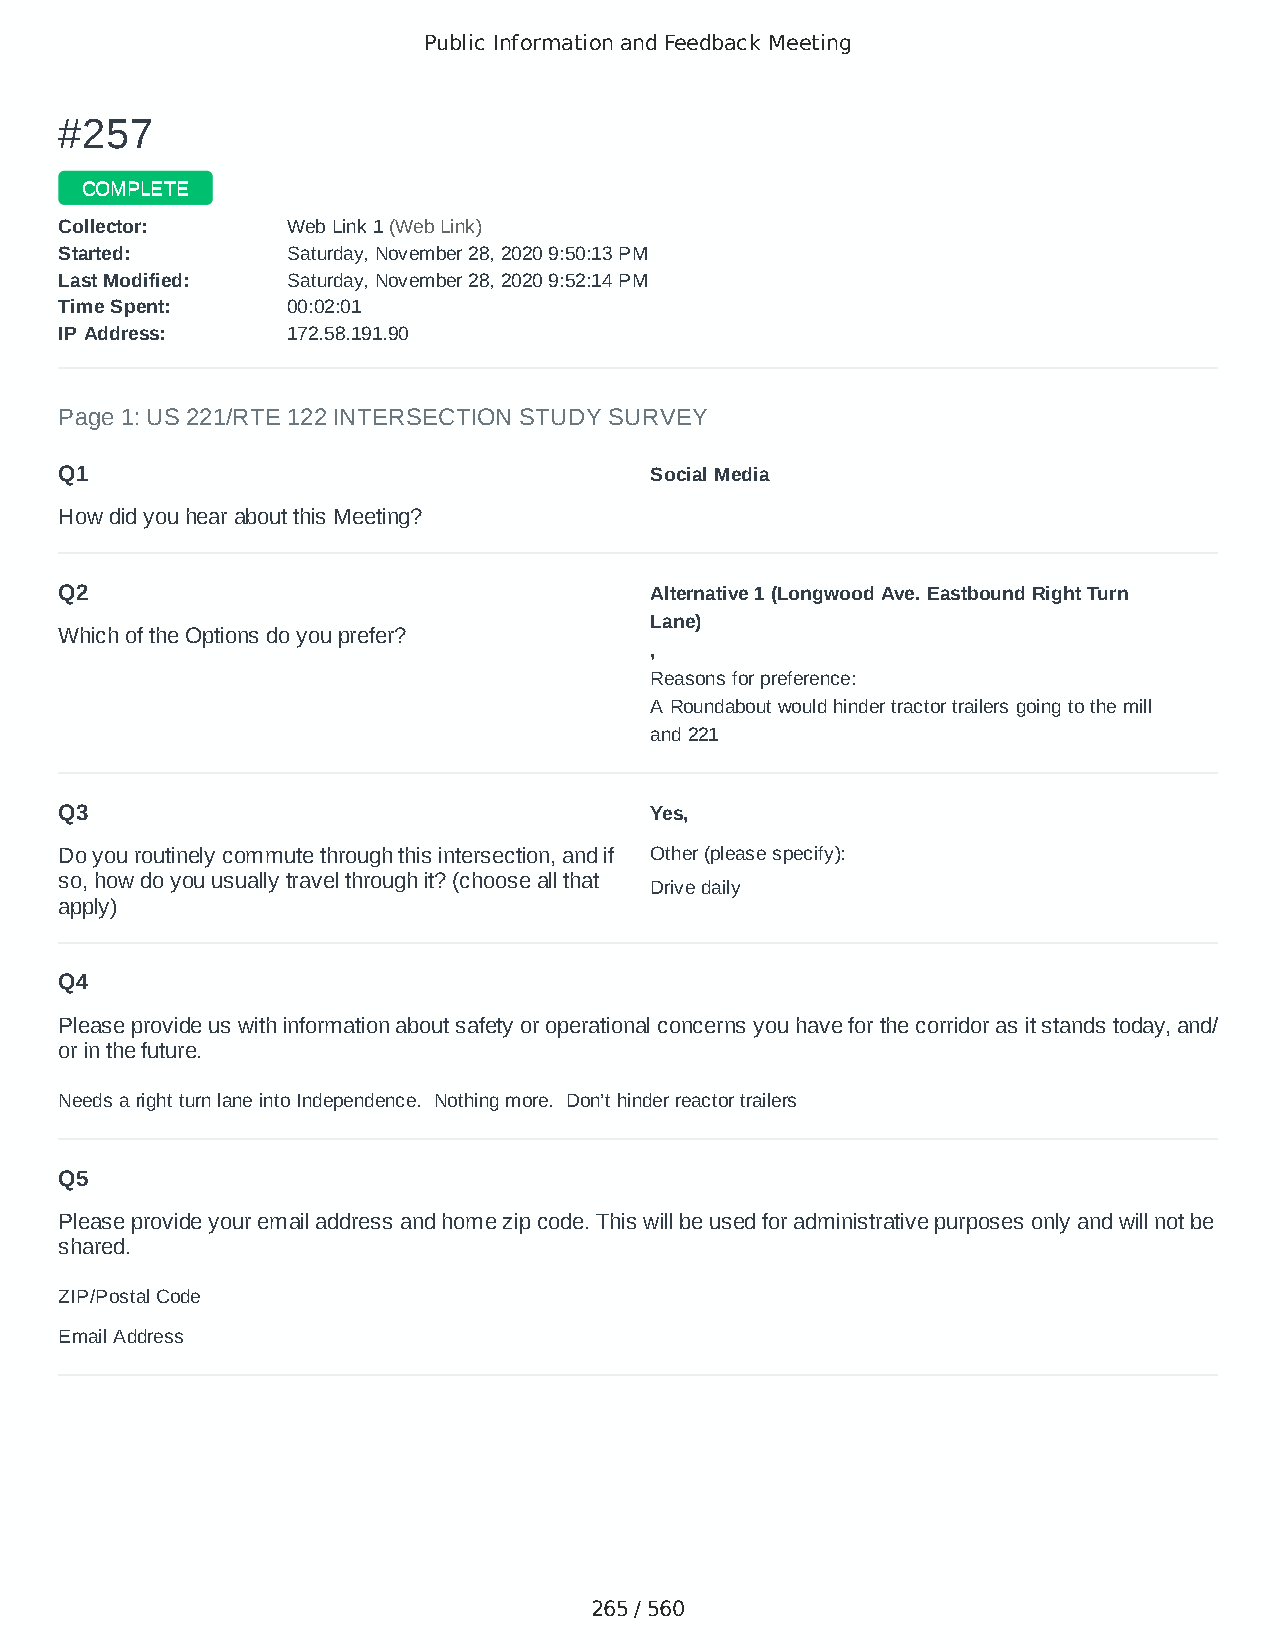
Public Information and Feedback Meeting
 ##225577
 CCOOMMPPLLEETTEE
 CCoolllleeccttoorr:: WWeebb LLiinnkk 11 ((WWeebb LLiinnkk))
 SSttaarrtteedd:: SSaattuurrddaayy,, NNoovveemmbbeerr 2288,, 22002200 99::5500::1133 PPMM
 LLaasstt MMooddiiffiieedd:: SSaattuurrddaayy,, NNoovveemmbbeerr 2288,, 22002200 99::5522::1144 PPMM
 TTiimmee SSppeenntt:: 0000::0022::0011
 IIPP AAddddrreessss:: 117722..5588..119911..9900
 Page 1: US 221/RTE 122 INTERSECTION STUDY SURVEY
 Q1                                     Social Media
 How did you hear about this Meeting?
 Q2                                     Alternative 1 (Longwood Ave. Eastbound Right Turn
 Lane)
 Which of the Options do you prefer?
 ,
 Reasons for preference:
 A Roundabout would hinder tractor trailers going to the mill
 and 221
 Q3                                     Yes,
 Do you routinely commute through this intersection, and if Other (please specify):
 so, how do you usually travel through it? (choose all that
 Drive daily
 apply)
 Q4
 Please provide us with information about safety or operational concerns you have for the corridor as it stands today, and/
 or in the future.
 Needs a right turn lane into Independence. Nothing more. Don’t hinder reactor trailers
 Q5
 Please provide your email address and home zip code. This will be used for administrative purposes only and will not be
 shared.
 ZIP/Postal Code                        24533
 Email Address                          neataquarius@yahoo.com
 265 / 560